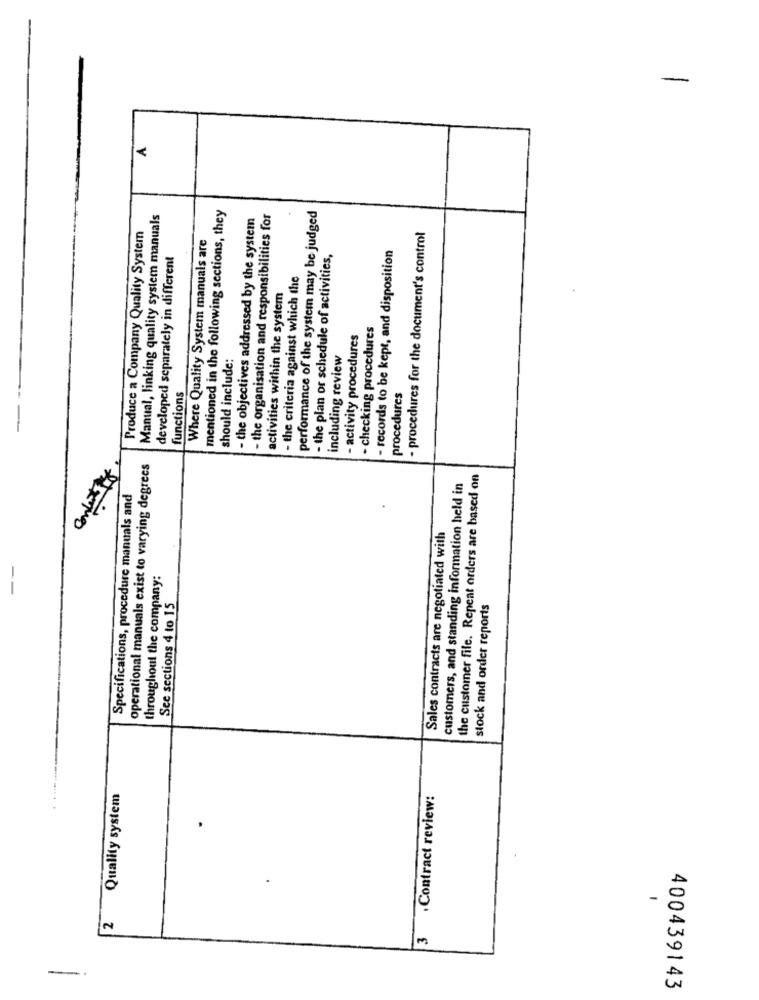
A
mentioned in the following sections, they
Manual, linking quality system manuals
- the objectives addressed by the system
- the organisation and responsibilities for
performance of the system may be judged
Produce a Company Quality System
Where Quality System manuals are
- procedures for the document's control
developed separately in different
- the plan or schedule of activities,
- records to be kept, and disposition
- the criteria against which the
activities within the system
- checking procedures
- activity procedures
including review
should include:
functions
procedures
operational manuals exist to varying degrees
contextof
the customer file. Repeat orders are based on
customers, and standing information held in
Specifications, procedure manuals and
Sales contracts are negotiated with
throughout the company:
See sections 4 to 15
stock and order reports
Quality system
Contract review:
-
2
400439143